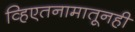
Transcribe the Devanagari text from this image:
व्हिएतनामातूनही